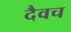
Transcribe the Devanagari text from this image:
दैवच